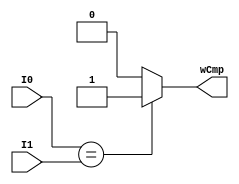
`timescale 1ns / 1ps

module eq_comp_1b #(
        parameter LIM = 1,
        parameter N = $clog2(LIM)
     
    )
    (
        input  wire [N-1:0] I0, I1,
        output wire wCmp
    );
    
    assign wCmp = (I0==I1) ? 1 : 0;
    
endmodule